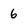
Character: 6